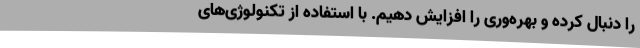
را دنبال کرده و بهره‌وری را افزایش دهیم. با استفاده از تکنولوژی‌های